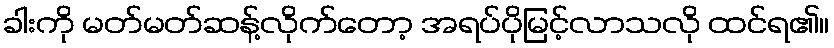
ခါးကို မတ်မတ်ဆန့်လိုက်တော့ အရပ်ပိုမြင့်လာသလို ထင်ရ၏။